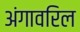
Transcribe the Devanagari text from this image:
अंगावरिल